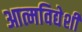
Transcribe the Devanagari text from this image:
आत्मविद्येशी